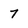
Character: 7